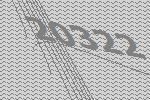
20322